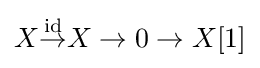
X{\overset {\text{id}}{\to }}X\to 0\to X[1]